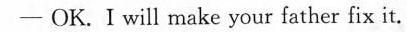
- OK. I will make your father fix it.